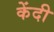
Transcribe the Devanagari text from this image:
केंदी